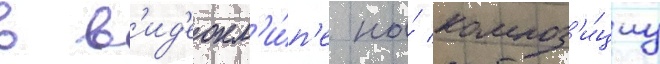
в в'ид'еокл'и́п'е на́ композ'и́циу